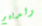
ولديهم